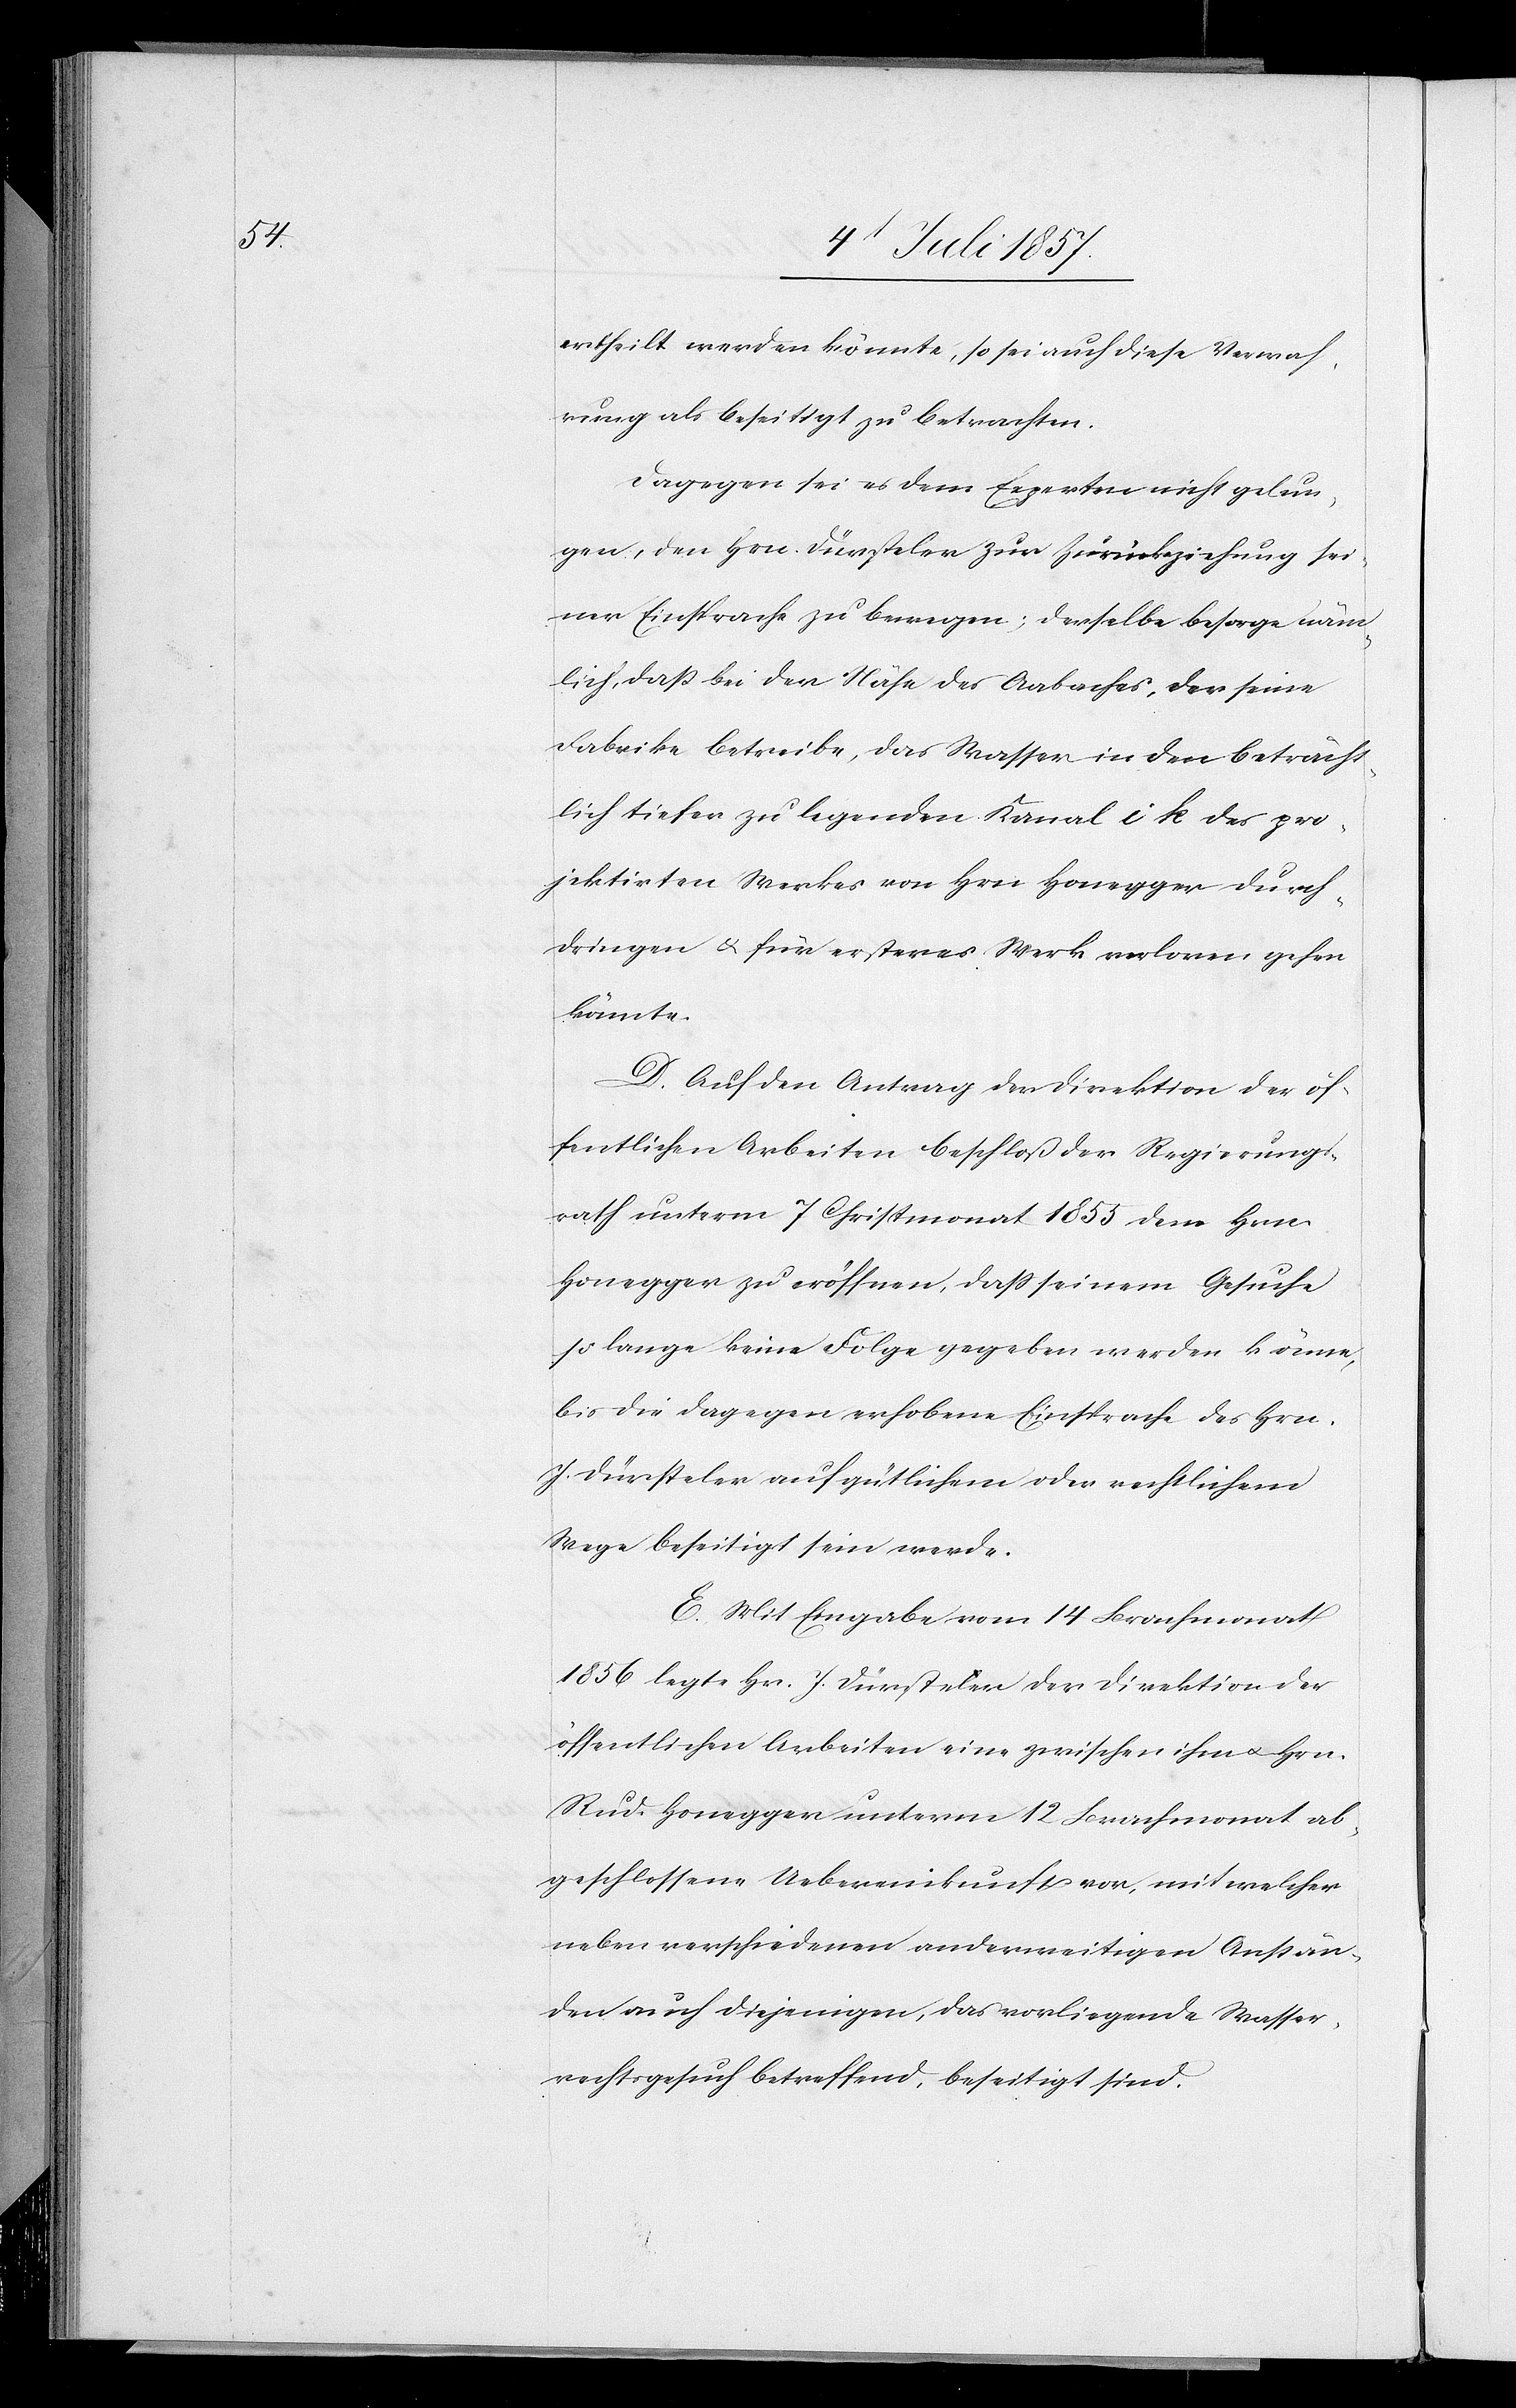
ertheilt werden könnte, so sei auch diese Verwah¬
rung als beseitigt zu betrachten.
Dagegen sei es dem Experten nicht gelun¬
gen, den Hrn. Dürsteler zur Zurückziehung sei¬
ner Einsprache zu bewegen; derselbe besorge näm¬
lich, daß bei der Nähe des Aabaches, der seine
Fabrike betreibe, das Wasser in den beträcht¬
lich tiefer zu legenden Kanal i k des pro¬
jektirten Werkes von Hrn. Honegger durch¬
dringen & für erstes Werk verloren gehen
könnte.
D. Auf den Antrag der Direktion der öf¬
fentlichen Arbeiten beschloß der Regierungs¬
rath unterm 7 Christmonat 1853 dem Hrn.
Honegger zu eröffnen, daß seinem Gesuche
so lange keine Folge gegeben werden könne,
bis die dagegen erhobene Einsprache des Hrn.
J. Dürsteler auf gütlichem oder rechtlichem
Wege beseitigt sein werde.
E. Mit Einsprache vom 14 Brachmonat
1856 legte Hr. J. Dürsteler der Direktion der
öffentlichen Arbeiten eine zwischen ihm & Hrn.
Rud. Honegger unterm 12 Brachmonat ab¬
geschlossene Uebereinkunft vor, mit welcher
neben verschiedenen anderweitigen Anstän¬
den auch diejenigen, das vorliegende Wasser¬
rechtsgesuch betreffend, beseitigt sind.